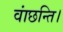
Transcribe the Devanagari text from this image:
वांछन्ति।